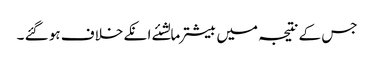
جس کے نتیجہ میں بیشترمالشئے انکے خلاف ہو گئے ۔